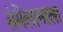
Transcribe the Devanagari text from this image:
संमॆलानाला